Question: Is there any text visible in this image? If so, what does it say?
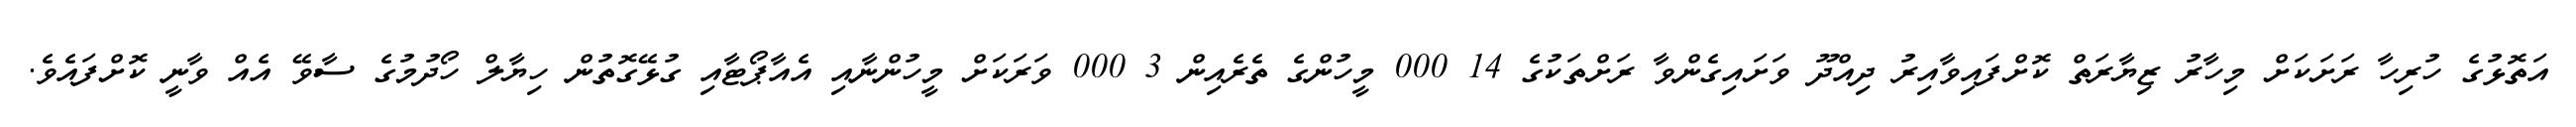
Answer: އަތޮޅުގެ ހުރިހާ ރަށަކަށް މިހާރު ޒިޔާރަތް ކޮށްފައިވާއިރު ދިއްދޫ ވަށައިގެންވާ ރަށްތަކުގެ 14 000 މީހުންގެ ތެރެއިން 3 000 ވަރަކަށް މީހުންނާއި އެއާޕޯޓާއި ގުޅޭގޮތުން ހިޔާލް ހޯދުމުގެ ސާވޭ އެއް ވާނީ ކޮށްފައެވެ.